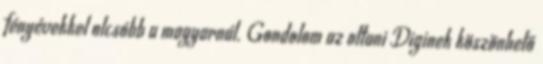
fényévekkel olcsóbb a magyarnál. Gondolom az ottani Diginek köszönhető